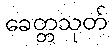
ခေတ္တသုတ်